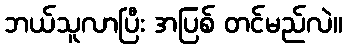
ဘယ်သူလာပြီး အပြစ် တင်မည်လဲ။